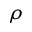
\rho